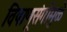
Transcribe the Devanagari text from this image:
विषाणूसंर्गामुळे